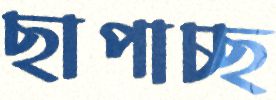
ছাপাচ্ছ